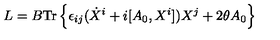
L = B \mathrm { { T r } } \left\{ \epsilon _ { i j } ( \dot { X } ^ { i } + i [ A _ { 0 } , X ^ { i } ] ) X ^ { j } + 2 \theta A _ { 0 } \right\}